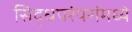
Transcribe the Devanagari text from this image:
सिद्धपरंपरांमध्ये